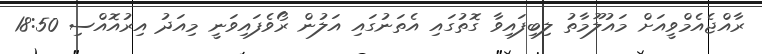
ރާއްޖެއެމްވީއަށް މައުލޫމާތު ލިބިފައިވާ ގޮތުގައި އެތަނުގައި އަލުން ރޯވެފައިވަނީ މިއަދު އިރުއޮއްސި 18:50